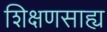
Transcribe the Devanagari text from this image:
शिक्षणसाह्य